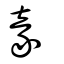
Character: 豙